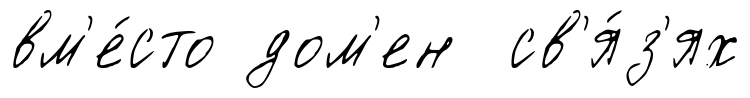
вм'е́сто дом'ен св'я́з'ях